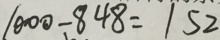
1 0 0 0 - 8 4 8 = 1 5 2